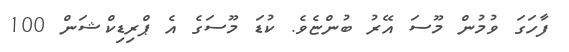
ފާހަގަ ވުމުން މޫސަ އޭރު ބުންޏެވެ. ކުޑަ މޫސަގެ އެ ޕްރިޑިކްޝަން 100